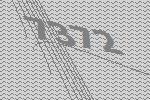
7372